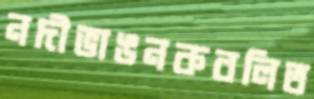
নদীভাঙনকবলিত